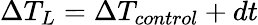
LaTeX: \Delta T_{L}=\Delta T_{control}+dt